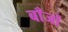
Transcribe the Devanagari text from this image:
बाँजों